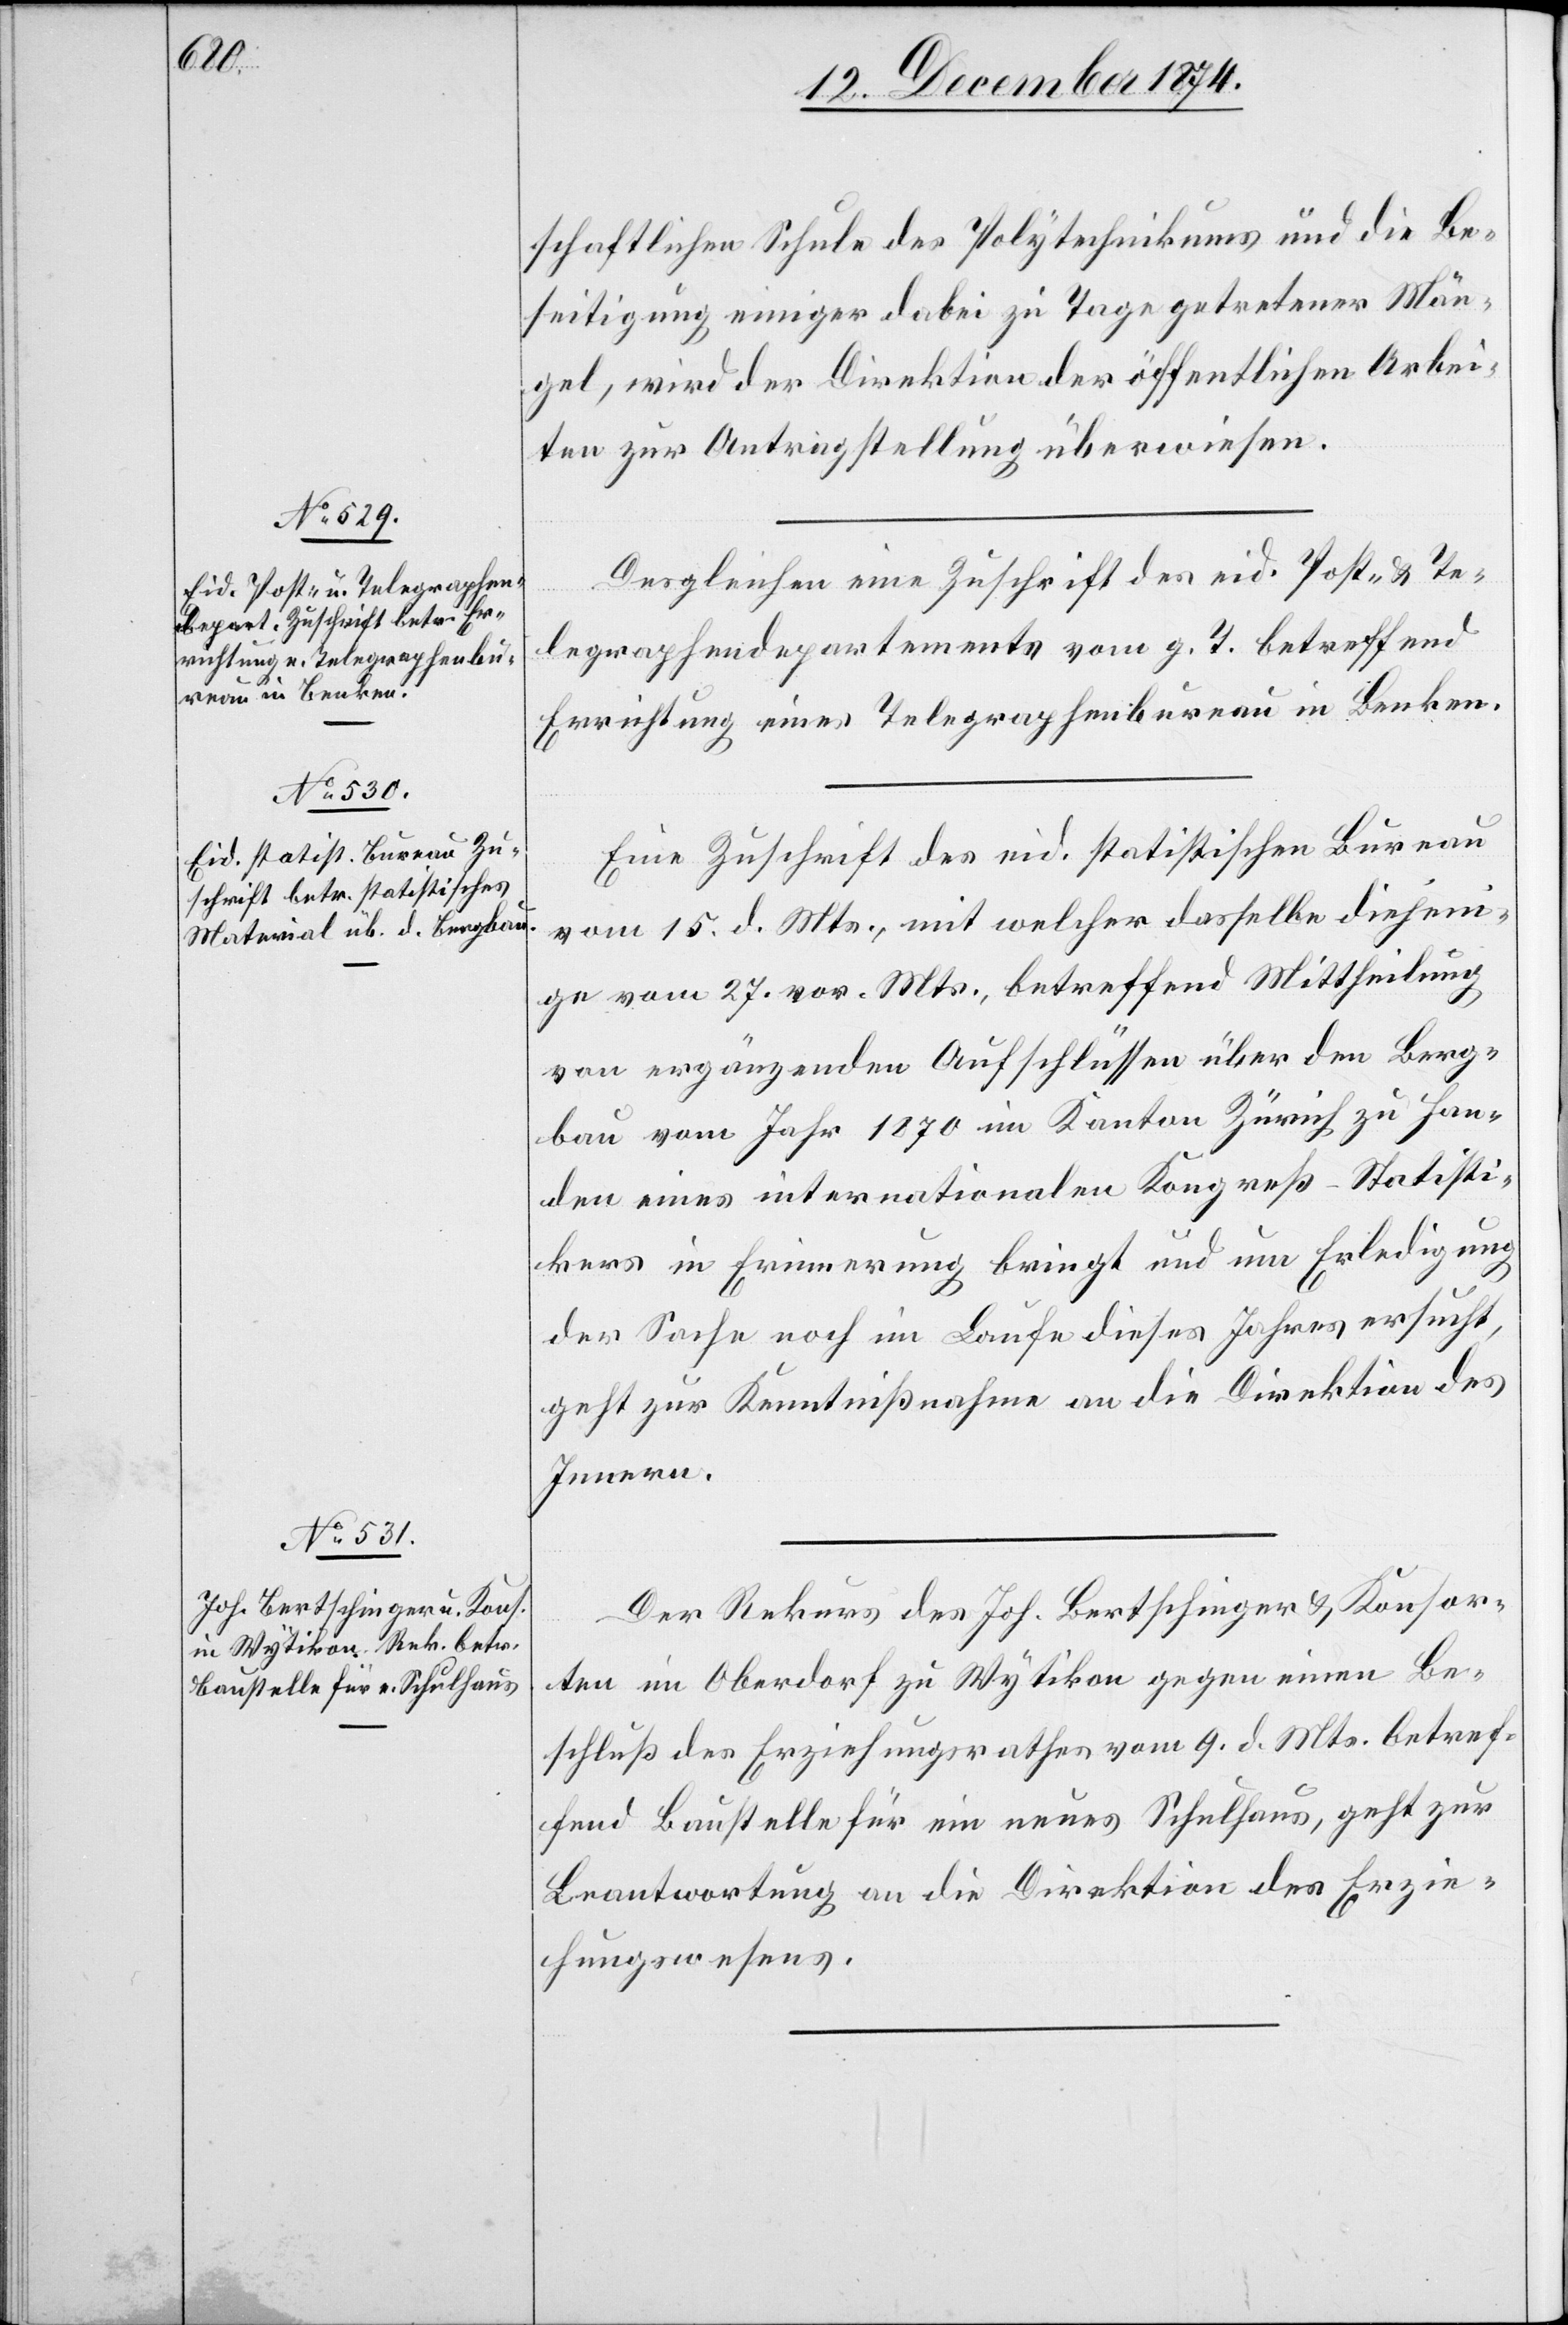
18. Dezember 1874.]
schaftlichen Schule des Polytechnikums und die Be¬
seitigung einiger dabei zu Tage getretener Män¬
gel, wird der Direktion der öffentlichen Arbei¬
ten zur Antragstellung überwiesen.
Desgleichen eine Zuschrift des eid. Post- & Te¬
legraphendepartements vom g. T. betreffend
Errichtung eines Telegraphenbureau in Benken.
Eine Zuschrift des eid. statistischen Bureau
vom 15. d. Mts., mit welcher dasselbe diejeni¬
ge vom 27. vor. Mts., betreffend Mittheilung
von ergänzenden Aufschlüssen über den Berg¬
bau vom Jahr 1870 im Kanton Zürich zu Han¬
den eines internationalen Kongreß-Statisti¬
kers in Erinnerung bringt und um Erledigung
der Sache noch im Laufe dieses Jahres ersucht,
geht zur Kenntnißnahme an die Direktion des
Innern.
Der Rekurs des Joh. Bertschinger & Konsor¬
ten im Oberdorf zu Wytikon gegen einen Be¬
schluß des Erziehungsrathes vom 9. d. Mts. betref¬
fend Baustelle für ein neues Schulhaus, geht zur
Beantwortung an die Direktion des Erzie¬
hungswesens.